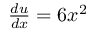
\textstyle { \frac { d u } { d x } } = 6 x ^ { 2 }